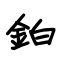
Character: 鉑